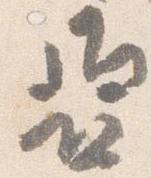
亜